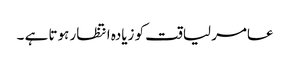
عامر لیاقت کو زیادہ انتظار ہوتا ہے ۔